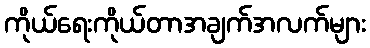
ကိုယ်ရေးကိုယ်တာအချက်အလက်များ